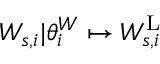
W _ { s , i } | \theta _ { i } ^ { W } \mapsto W _ { s , i } ^ { \mathrm { L } }